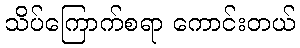
သိပ်ကြောက်စရာ ကောင်းတယ်